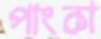
পাংকা